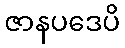
ဇာနပဒေပိ